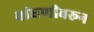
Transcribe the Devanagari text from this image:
बांधणीवरून